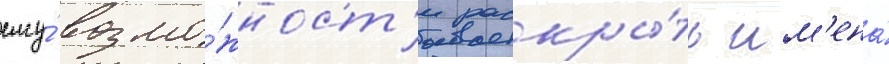
ему́ возмо́жност'и раскры́ть им'ена́